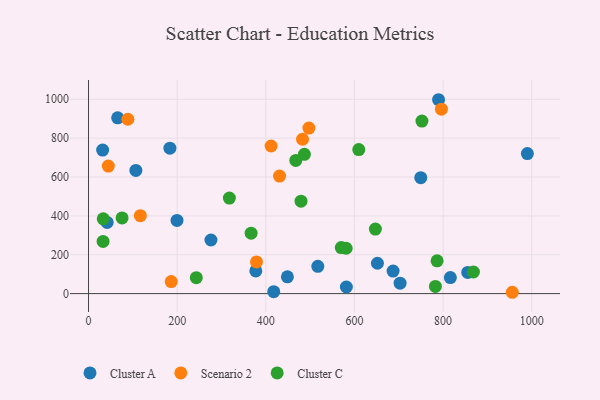
{"axis": {"x": "Price", "y": "Yield"}, "legend": ["Cluster A", "Cluster C", "Scenario 2"], "data": [{"x": "31.8", "y": 738.7, "type": "Cluster A"}, {"x": "855.5", "y": 109.1, "type": "Cluster A"}, {"x": "687.1", "y": 116.1, "type": "Cluster A"}, {"x": "990.1", "y": 720.7, "type": "Cluster A"}, {"x": "199.6", "y": 376.3, "type": "Cluster A"}, {"x": "789.7", "y": 997.7, "type": "Cluster A"}, {"x": "816.3", "y": 82.2, "type": "Cluster A"}, {"x": "183.6", "y": 748.5, "type": "Cluster A"}, {"x": "417.8", "y": 10.0, "type": "Cluster A"}, {"x": "106.8", "y": 634.1, "type": "Cluster A"}, {"x": "448.7", "y": 86.3, "type": "Cluster A"}, {"x": "276.2", "y": 275.7, "type": "Cluster A"}, {"x": "702.9", "y": 53.8, "type": "Cluster A"}, {"x": "581.7", "y": 33.9, "type": "Cluster A"}, {"x": "377.4", "y": 116.9, "type": "Cluster A"}, {"x": "42.0", "y": 366.5, "type": "Cluster A"}, {"x": "749.6", "y": 596.6, "type": "Cluster A"}, {"x": "651.8", "y": 156.1, "type": "Cluster A"}, {"x": "517.3", "y": 140.3, "type": "Cluster A"}, {"x": "65.7", "y": 904.3, "type": "Cluster A"}, {"x": "796.2", "y": 949.2, "type": "Scenario 2"}, {"x": "116.9", "y": 400.8, "type": "Scenario 2"}, {"x": "497.2", "y": 851.9, "type": "Scenario 2"}, {"x": "411.9", "y": 759.5, "type": "Scenario 2"}, {"x": "88.7", "y": 897.3, "type": "Scenario 2"}, {"x": "482.8", "y": 794.2, "type": "Scenario 2"}, {"x": "186.6", "y": 62.1, "type": "Scenario 2"}, {"x": "44.6", "y": 656.3, "type": "Scenario 2"}, {"x": "430.9", "y": 605.0, "type": "Scenario 2"}, {"x": "379.0", "y": 162.8, "type": "Scenario 2"}, {"x": "956.1", "y": 6.8, "type": "Scenario 2"}, {"x": "467.6", "y": 685.1, "type": "Cluster C"}, {"x": "487.0", "y": 716.6, "type": "Cluster C"}, {"x": "317.8", "y": 491.4, "type": "Cluster C"}, {"x": "32.8", "y": 268.3, "type": "Cluster C"}, {"x": "570.2", "y": 236.7, "type": "Cluster C"}, {"x": "609.7", "y": 741.3, "type": "Cluster C"}, {"x": "75.7", "y": 389.6, "type": "Cluster C"}, {"x": "581.2", "y": 233.3, "type": "Cluster C"}, {"x": "868.4", "y": 111.1, "type": "Cluster C"}, {"x": "33.2", "y": 384.9, "type": "Cluster C"}, {"x": "479.4", "y": 475.5, "type": "Cluster C"}, {"x": "786.4", "y": 168.9, "type": "Cluster C"}, {"x": "366.8", "y": 310.8, "type": "Cluster C"}, {"x": "243.1", "y": 82.0, "type": "Cluster C"}, {"x": "647.2", "y": 332.1, "type": "Cluster C"}, {"x": "782.6", "y": 37.1, "type": "Cluster C"}, {"x": "752.2", "y": 887.7, "type": "Cluster C"}]}